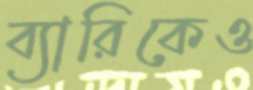
ব্যারিকেও